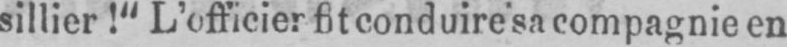
sillier!“ L’officier fit conduire sa compagnie en